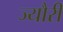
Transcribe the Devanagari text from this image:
ज्यौरी